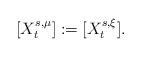
LaTeX: \begin{align*}[X^{s,\mu}_t] := [X^{s,\xi}_t]. \end{align*}